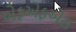
એફએફએસ